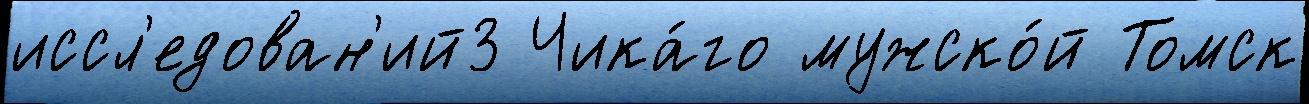
иссл'едован'ий3 Чика́го мужско́й Томск